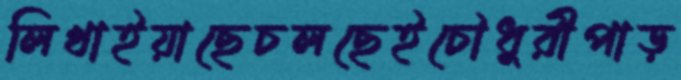
লিখাইয়াছেচলছেইচৌধুরীপাড়